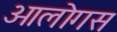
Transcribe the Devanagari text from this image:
ओलोगस